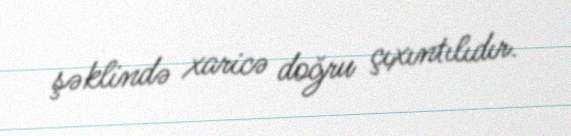
şəklində xaricə doğru çıxıntılıdır.